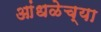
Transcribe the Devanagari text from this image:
आंधळेच्या